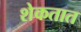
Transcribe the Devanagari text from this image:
शेकतात